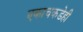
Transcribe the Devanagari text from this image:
एकाचकडेही